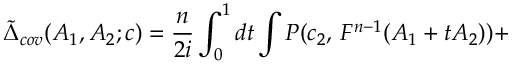
\tilde { \Delta } _ { c o v } ( A _ { 1 } , A _ { 2 } ; c ) = \frac { n } { 2 i } \int _ { 0 } ^ { 1 } d t \int P ( c _ { 2 } , \, F ^ { n - 1 } ( A _ { 1 } + t A _ { 2 } ) ) +